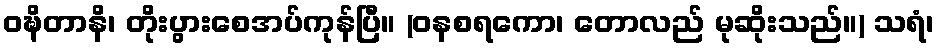
ဝဍ္ဎိတာနိ၊ တိုးပွားစေအပ်ကုန်ပြီ။ (ဝနစရကော၊ တောလည် မုဆိုးသည်။) သရံ၊